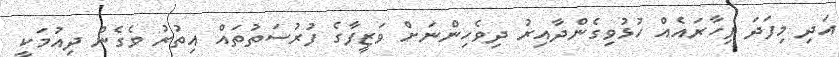
އަދި މިފަދަ ފިހާރައެއް ހުޅުވިގެންދާއިރު ދިވެހިންނަށް ވަޒީފާގެ ފުރުސަތުތައް އިތުރު ވެގެން ދިއުމަކީ